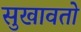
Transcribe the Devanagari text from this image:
सुखावतो